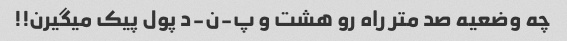
چه وضعیه صد متر راه رو هشت و پ-ن-د پول پیک میگیرن!!